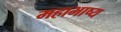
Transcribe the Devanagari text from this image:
महाभाष्‍य